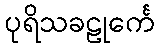
ပုရိသခဠုင်္ကေ